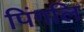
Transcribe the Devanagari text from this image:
पिंगलि